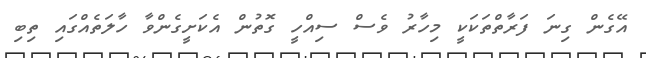
އޭގެން ގިނަ ފަރާތްތަކަކީ މިހާރު ވެސް ސިއްހީ ގޮތުން އެކަށީގެންވާ ހާލަތެއްގައި ތިބި